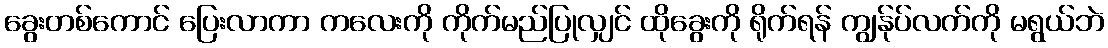
ခွေးတစ်ကောင် ပြေးလာကာ ကလေးကို ကိုက်မည်ပြုလျှင် ထိုခွေးကို ရိုက်ရန် ကျွန်ုပ်လက်ကို မရွယ်ဘဲ